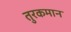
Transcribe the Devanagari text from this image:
तुरकमान